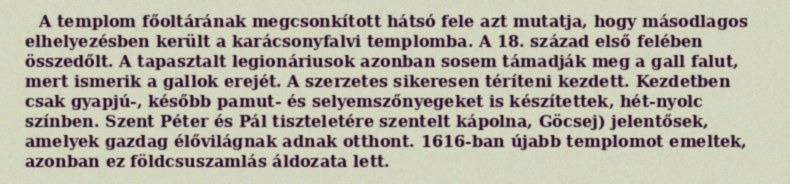
A templom főoltárának megcsonkított hátsó fele azt mutatja, hogy másodlagos elhelyezésben került a karácsonyfalvi templomba. A 18. század első felében összedőlt. A tapasztalt legionáriusok azonban sosem támadják meg a gall falut, mert ismerik a gallok erejét. A szerzetes sikeresen téríteni kezdett. Kezdetben csak gyapjú-, később pamut- és selyemszőnyegeket is készítettek, hét-nyolc színben. Szent Péter és Pál tiszteletére szentelt kápolna, Göcsej) jelentősek, amelyek gazdag élővilágnak adnak otthont. 1616-ban újabb templomot emeltek, azonban ez földcsuszamlás áldozata lett.